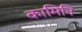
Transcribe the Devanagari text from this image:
कामिनि